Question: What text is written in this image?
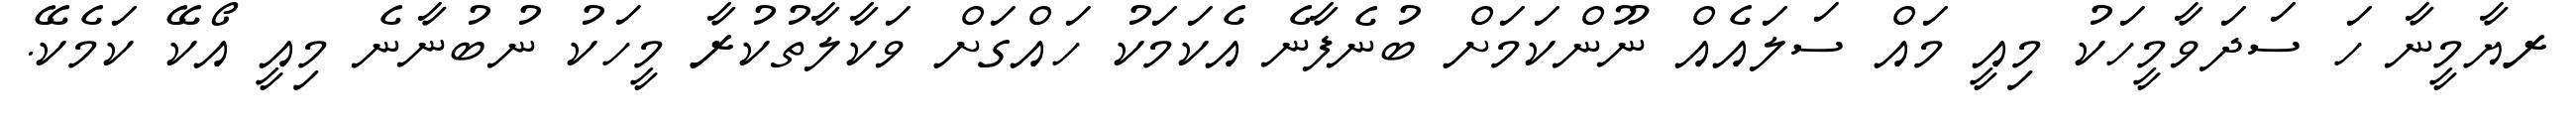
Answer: ރޔާމީނާ ހަ ސަދަވާމީހަކު މިއީ މައް ސަލައެއް ނޫންކަމަށް ބުނެފާނެ އެކަމަކު ހައްގަށް ވަކާލާތުކުރާ މީހަކު ނުބުނާނެ މިއީ އޯކޭ ކަމެކޭ.